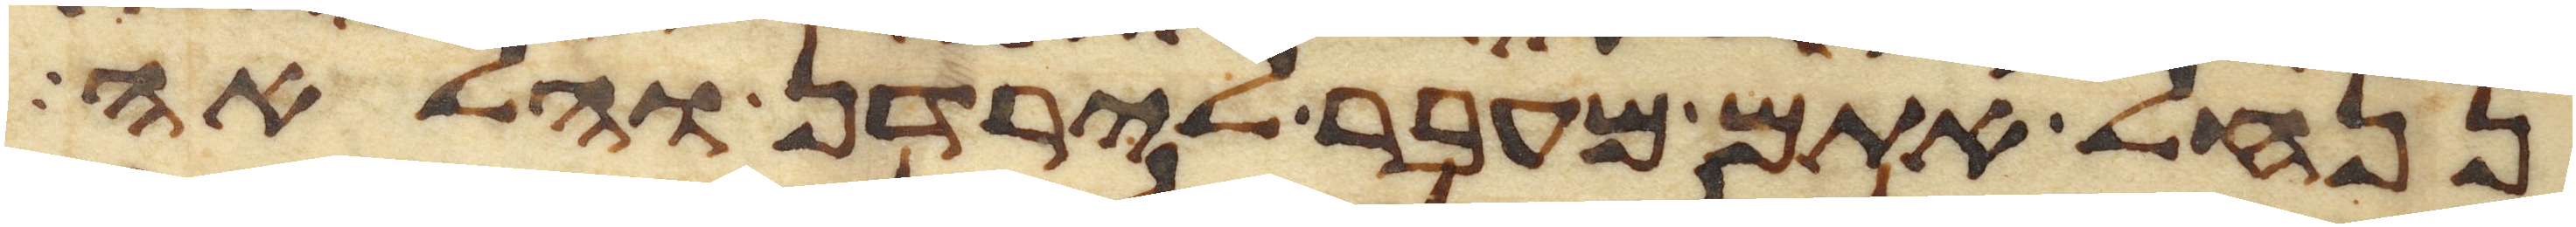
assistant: ננחל אתם מעבר לירדן והלאה